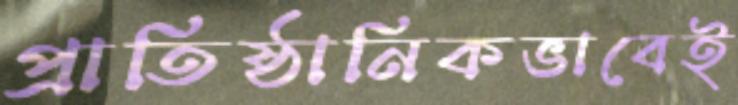
প্রাতিষ্ঠানিকভাবেই